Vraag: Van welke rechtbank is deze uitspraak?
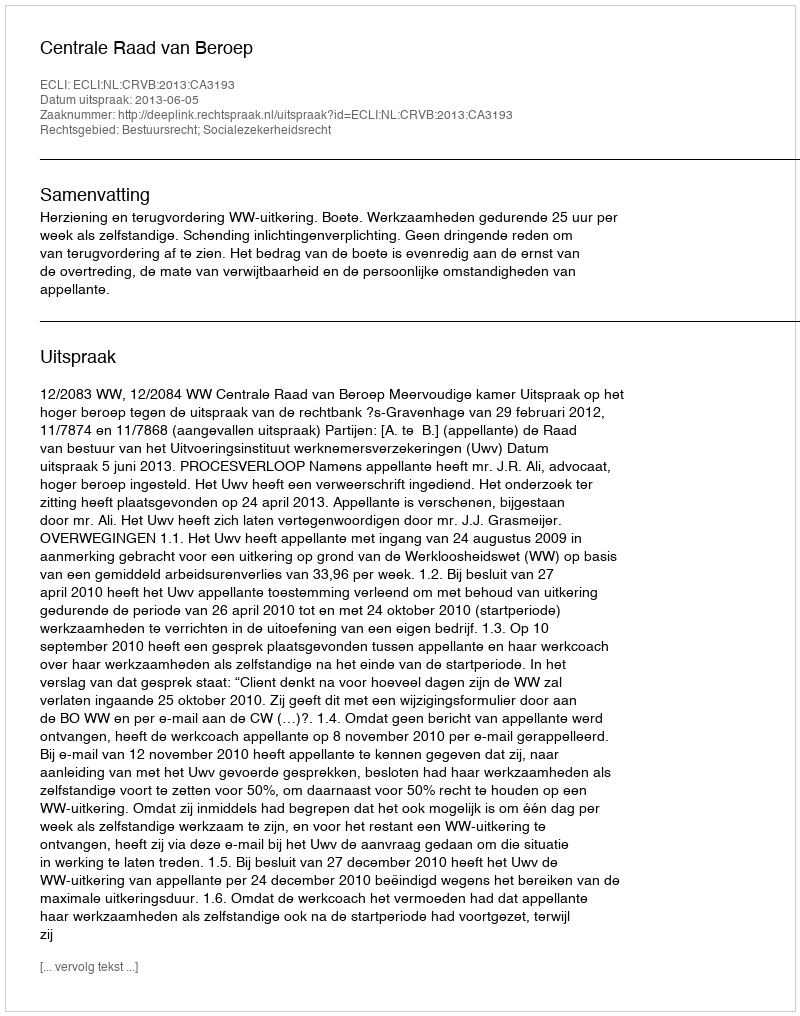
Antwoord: Centrale Raad van Beroep